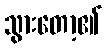
သွားတော့၏